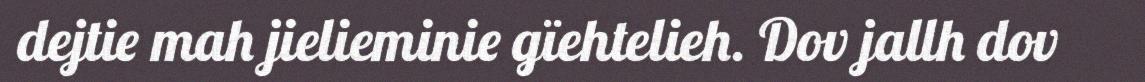
dejtie mah jielieminie gïehtelieh. Dov jallh dov